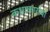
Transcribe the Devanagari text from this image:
कथाकारांचा